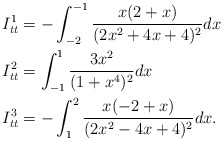
\begin{align*}I_{tt}^{1} & = -\int_{-2}^{-1} \frac{x (2 + x)}{(2x^2 + 4x + 4)^2} dx \\I_{tt}^{2} & = \int_{-1}^{1} \frac{3x^2}{(1+x^4)^2} dx \\I_{tt}^{3} & = -\int_{1}^{2} \frac{x(-2+x)}{(2x^2 -4x + 4)^2} dx. \\\end{align*}